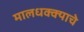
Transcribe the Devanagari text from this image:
मालधक्क्याचे